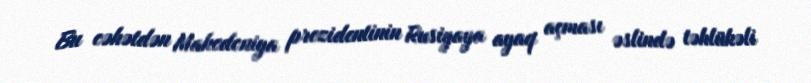
Bu cəhətdən Makedoniya prezidentinin Rusiyaya ayaq açması əslində təhlükəli